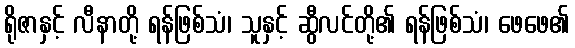
ရိုဇာနှင့် လီနာတို့ ရန်ဖြစ်သံ၊ သူနှင့် ဆွီလင်တို့၏ ရန်ဖြစ်သံ၊ ဖေဖေ၏